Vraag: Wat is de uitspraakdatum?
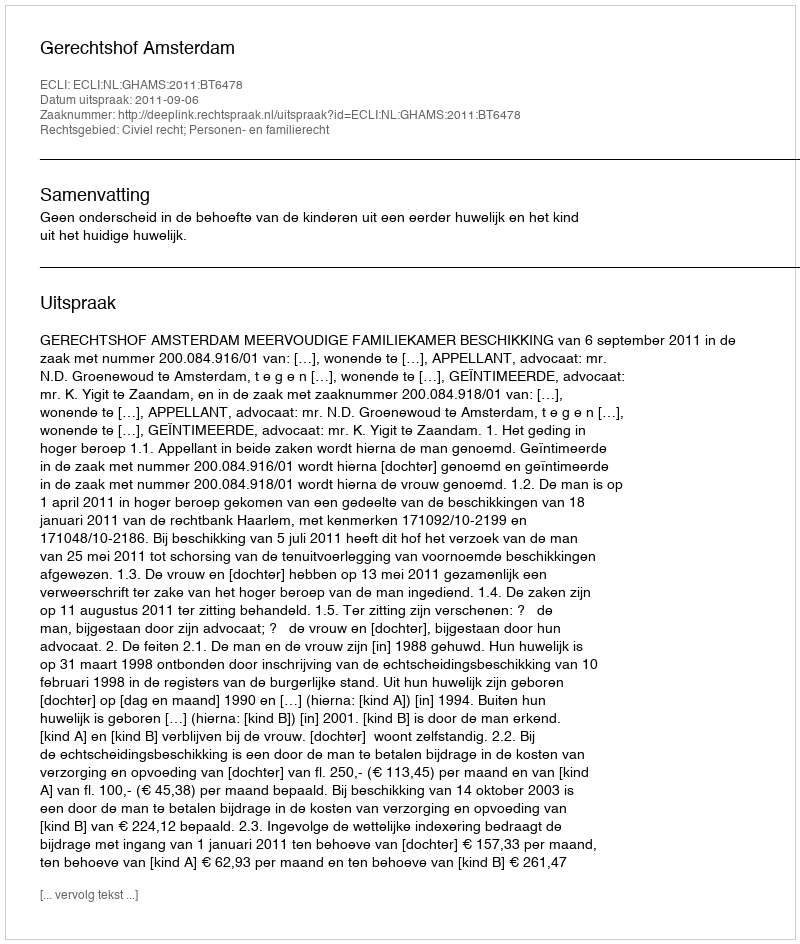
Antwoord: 2011-09-06